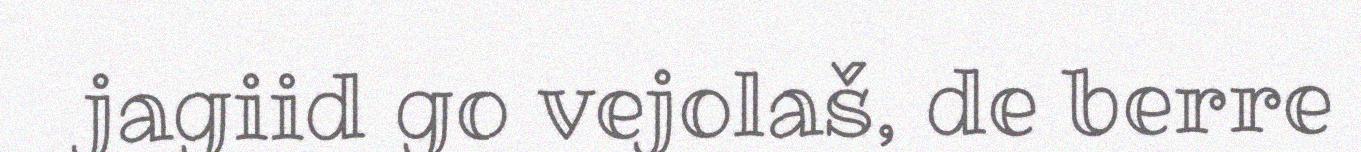
jagiid go vejolaš, de berre